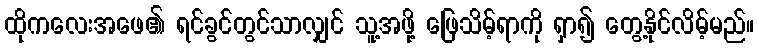
ထိုကလေးအဖေ၏ ရင်ခွင်တွင်သာလျှင် သူ့အဖို့ ဖြေသိမ့်ရာကို ရှာ၍ တွေ့နိုင်လိမ့်မည်။